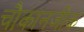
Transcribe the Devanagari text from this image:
चौकानजीक